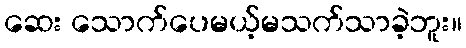
ဆေး သောက်ပေမယ့်မသက်သာခဲ့ဘူး။